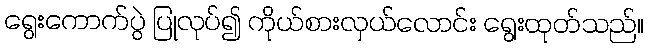
ရွေးကောက်ပွဲ ပြုလုပ်၍ ကိုယ်စားလှယ်လောင်း ရွေးထုတ်သည်။